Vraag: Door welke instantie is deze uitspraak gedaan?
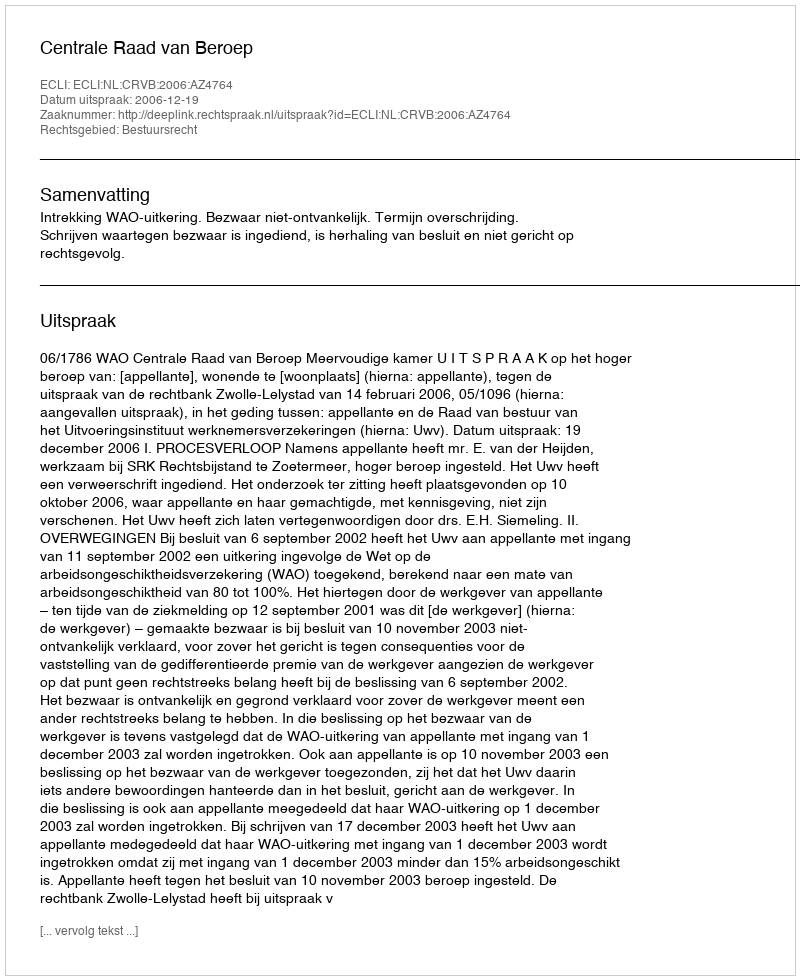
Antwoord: Centrale Raad van Beroep